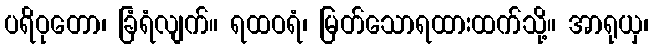
ပရိဝုတော၊ ခြံရံလျက်။ ရထဝရံ၊ မြတ်သောရထားထက်သို့။ အာရုယှ၊